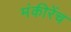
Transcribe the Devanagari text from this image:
मंकीरेंच